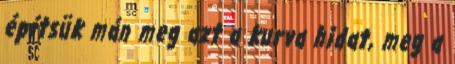
építsük mán meg azt a kurva hidat, meg a